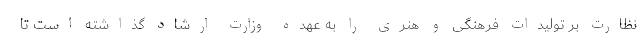
نظارت بر تولیدات فرهنگی و هنری را به عهده وزارت ارشاد گذاشته است تا